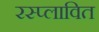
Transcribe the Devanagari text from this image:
रस्प्लावित